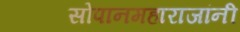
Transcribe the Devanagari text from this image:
सोपानमहाराजांनी